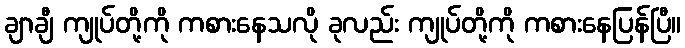
ချာချီ ကျုပ်တို့ကို ကစားနေသလို ခုလည်း ကျုပ်တို့ကို ကစားနေပြန်ပြီ။